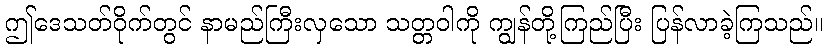
ဤဒေသတ်ဝိုက်တွင် နာမည်ကြီးလှသော သတ္တဝါကို ကျွန်တို့ကြည်ပြီး ပြန်လာခဲ့ကြသည်။